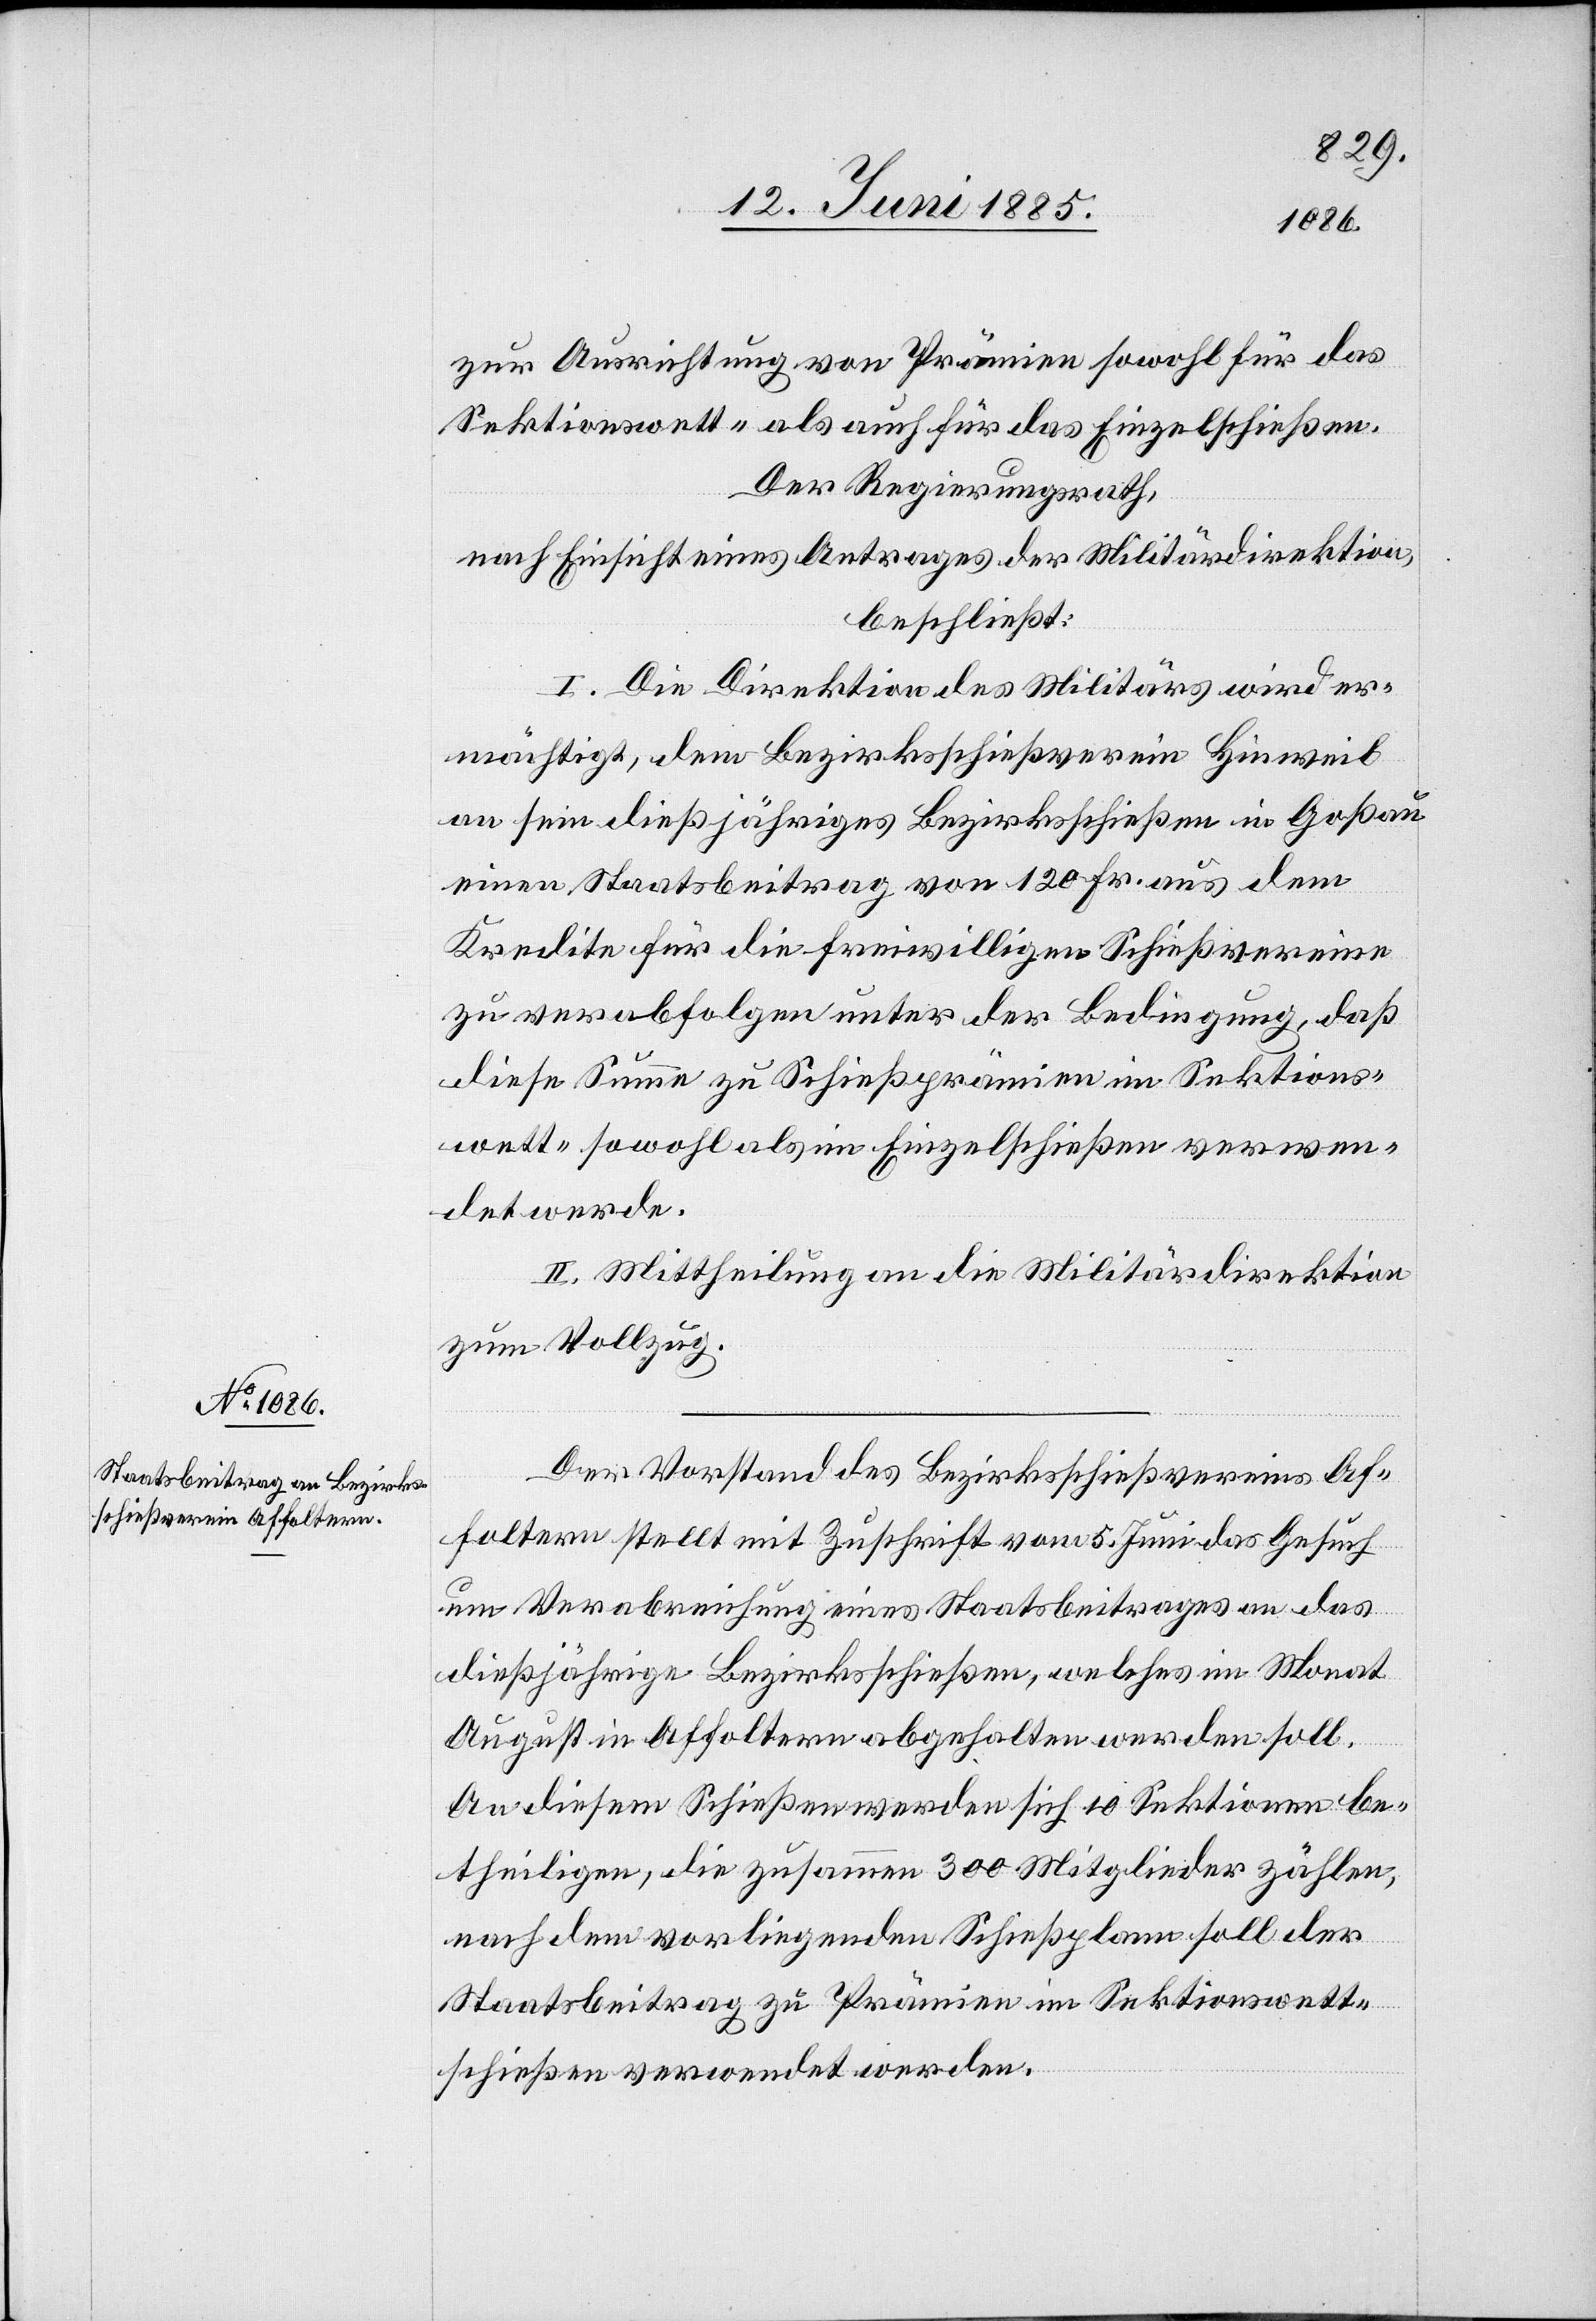
zur Ausrichtung von Prämien sowohl für das
Sektionswett- als auch für das Einzelschießen.
Der Regierungsrath,
nach Einsicht eines Antrages der Militärdirektion,
beschließt:
I. Die Direktion des Militärs wird er¬
mächtigt, dem Bezirksschießverein Hinweil
an sein dießjähriges Bezirksschießen in Goßau
einen Staatsbeitrag von 120 Fr. aus dem
Kredite für die freiwilligen Schießvereine
zu verabfolgen unter der Bedingung, daß
diese Summe zu Schießprämien im Sektions¬
wett- sowohl als im Einzelschießen verwen¬
det werde.
II. Mittheilung an die Militärdirektion
zum Vollzug.
Der Vorstand des Bezirksschießvereins Af¬
foltern stellt mit Zuschrift vom 5. Juni das Gesuch
um Verabreichung eines Staatsbeitrages an das
dießjährige Bezirksschießen, welches im Monat
August in Affoltern abgehalten werden soll.
An diesem Schießen werden sich 10 Sektionen be¬
theiligen, die zusammen 300 Mitglieder zählen,
nach dem vorliegenden Schießplane soll der
Staatsbeitrag zu Prämien im Sektionswett¬
schießen verwendet werden.